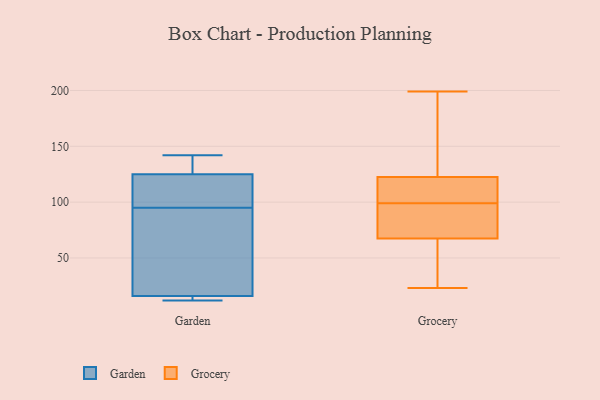
{"axis": {"x": "Satisfaction Score", "y": "Value"}, "legend": ["Garden", "Grocery"], "data": [{"x": "", "y": 115, "type": "Garden"}, {"x": "", "y": 142, "type": "Garden"}, {"x": "", "y": 131, "type": "Garden"}, {"x": "", "y": 16, "type": "Garden"}, {"x": "", "y": 125, "type": "Garden"}, {"x": "", "y": 12, "type": "Garden"}, {"x": "", "y": 61, "type": "Garden"}, {"x": "", "y": 15, "type": "Garden"}, {"x": "", "y": 75, "type": "Garden"}, {"x": "", "y": 120, "type": "Garden"}, {"x": "", "y": 192, "type": "Grocery"}, {"x": "", "y": 153, "type": "Grocery"}, {"x": "", "y": 45, "type": "Grocery"}, {"x": "", "y": 95, "type": "Grocery"}, {"x": "", "y": 50, "type": "Grocery"}, {"x": "", "y": 132, "type": "Grocery"}, {"x": "", "y": 75, "type": "Grocery"}, {"x": "", "y": 109, "type": "Grocery"}, {"x": "", "y": 67, "type": "Grocery"}, {"x": "", "y": 117, "type": "Grocery"}, {"x": "", "y": 108, "type": "Grocery"}, {"x": "", "y": 103, "type": "Grocery"}, {"x": "", "y": 64, "type": "Grocery"}, {"x": "", "y": 94, "type": "Grocery"}, {"x": "", "y": 104, "type": "Grocery"}, {"x": "", "y": 199, "type": "Grocery"}, {"x": "", "y": 23, "type": "Grocery"}, {"x": "", "y": 68, "type": "Grocery"}, {"x": "", "y": 74, "type": "Grocery"}, {"x": "", "y": 128, "type": "Grocery"}]}